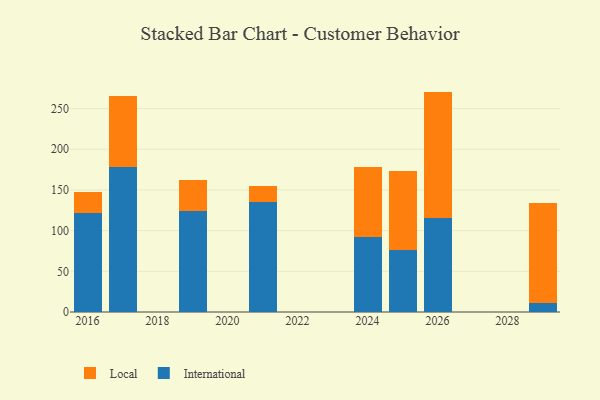
{"axis": {"x": "Year", "y": "Gross Profit (USD K)"}, "legend": ["International", "Local"], "data": [{"x": "2024", "y": 91.6, "type": "International"}, {"x": "2024", "y": 86.4, "type": "Local"}, {"x": "2026", "y": 115.1, "type": "International"}, {"x": "2026", "y": 155.8, "type": "Local"}, {"x": "2025", "y": 76.7, "type": "International"}, {"x": "2025", "y": 96.3, "type": "Local"}, {"x": "2019", "y": 123.7, "type": "International"}, {"x": "2019", "y": 38.5, "type": "Local"}, {"x": "2016", "y": 122.0, "type": "International"}, {"x": "2016", "y": 25.2, "type": "Local"}, {"x": "2021", "y": 134.6, "type": "International"}, {"x": "2021", "y": 20.7, "type": "Local"}, {"x": "2029", "y": 10.8, "type": "International"}, {"x": "2029", "y": 122.9, "type": "Local"}, {"x": "2017", "y": 178.0, "type": "International"}, {"x": "2017", "y": 88.0, "type": "Local"}]}